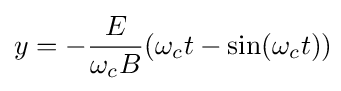
y=-{\frac {E}{\omega _{c}B}}(\omega _{c}t-\sin(\omega _{c}t))\!